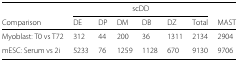
<table><thead><tr><td></td><td colspan="6"><b>scDD</b></td><td></td></tr></thead><tbody><tr><td>Comparison</td><td>DE</td><td>DP</td><td>DM</td><td>DB</td><td>DZ</td><td>Total</td><td>MAST</td></tr><tr><td>Myoblast: T0 vs T72</td><td>312</td><td>44</td><td>200</td><td>36</td><td>1311</td><td>2134</td><td>2904</td></tr><tr><td>mESC: Serum vs 2i</td><td>5233</td><td>76</td><td>1259</td><td>1128</td><td>670</td><td>9130</td><td>9706</td></tr></tbody></table>